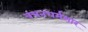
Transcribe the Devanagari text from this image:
वचनधर्मसार